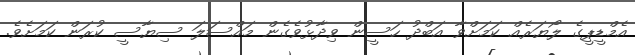
އެމްޑީޕީގެ ލޯޔަރެއް ކަމަށްވާ އަބްދު ހަސީން ވިދާޅުވެގެން މައްސަލަ ސިޔާސީ ކުރަން ކަމަށެވެ.